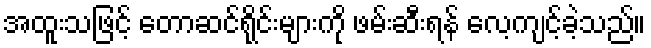
အထူးသဖြင့် တောဆင်ရိုင်းများကို ဖမ်းဆီးရန် လေ့ကျင့်ခဲ့သည်။